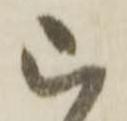
被